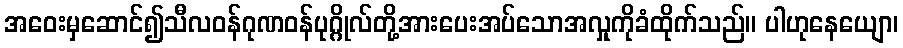
အဝေးမှဆောင်၍သီလဝန်ဂုဏဝန်ပုဂ္ဂိုလ်တို့အားပေးအပ်သောအလှုကိုခံထိုက်သည်။ ပါဟုနေယျော၊